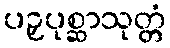
ပဉှပုစ္ဆာသုတ္တံ